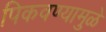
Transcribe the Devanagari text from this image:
पिकवण्यामुळे